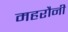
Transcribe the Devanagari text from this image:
महरौनी